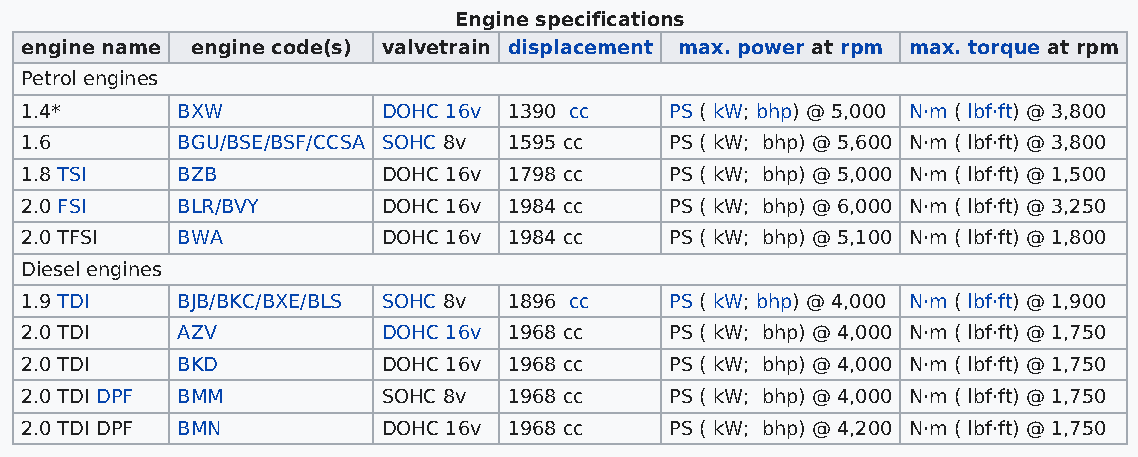
Engine specifications
 engine name engine code(s) valvetrain displacement max. power at rpm max. torque at rpm
 Petrol engines
 1.4*       BXW          DOHC 16v 1390 cc   PS ( kW; bhp) @ 5,000 N·m ( lbf·ft) @ 3,800
 1.6        BGU/BSE/BSF/CCSA SOHC 8v 1595 cc PS ( kW; bhp) @ 5,600 N·m ( lbf·ft) @ 3,800
 1.8 TSI    BZB          DOHC 16v 1798 cc   PS ( kW; bhp) @ 5,000 N·m ( lbf·ft) @ 1,500
 2.0 FSI    BLR/BVY      DOHC 16v 1984 cc   PS ( kW; bhp) @ 6,000 N·m ( lbf·ft) @ 3,250
 2.0 TFSI   BWA          DOHC 16v 1984 cc   PS ( kW; bhp) @ 5,100 N·m ( lbf·ft) @ 1,800
 Diesel engines
 1.9 TDI    BJB/BKC/BXE/BLS SOHC 8v 1896 cc PS ( kW; bhp) @ 4,000 N·m ( lbf·ft) @ 1,900
 2.0 TDI    AZV          DOHC 16v 1968 cc   PS ( kW; bhp) @ 4,000 N·m ( lbf·ft) @ 1,750
 2.0 TDI    BKD          DOHC 16v 1968 cc   PS ( kW; bhp) @ 4,000 N·m ( lbf·ft) @ 1,750
 2.0 TDI DPF BMM         SOHC 8v  1968 cc   PS ( kW; bhp) @ 4,000 N·m ( lbf·ft) @ 1,750
 2.0 TDI DPF BMN         DOHC 16v 1968 cc   PS ( kW; bhp) @ 4,200 N·m ( lbf·ft) @ 1,750